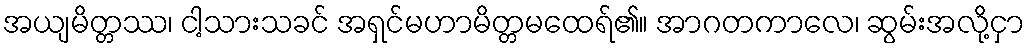
အယျမိတ္တဿ၊ ငါ့သားသခင် အရှင်မဟာမိတ္တမထေရ်၏။ အာဂတကာလေ၊ ဆွမ်းအလို့ငှာ